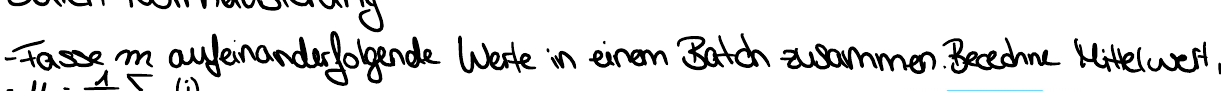
- Fasse m aufeinanderfolgende Werte in einem Batch zusammen. Berechne Mittelwert,